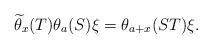
LaTeX: \begin{align*}\widetilde{\theta}_{x}(T)\theta_{a}(S)\xi=\theta_{a+x}(ST)\xi.\end{align*}